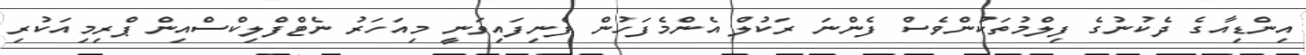
އިންޑިއާގެ ދެކުނުގެ ފިލްމުތަކުންވެސް ފެންނަ ރަކުލް އެންމެފަހުން ފެނިފައިވަނީ މިއަހަރު ނެޓްފްލިކްސްއިން ޕްރިމިއަކުރި